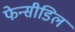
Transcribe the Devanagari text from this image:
फेन्सीडिल